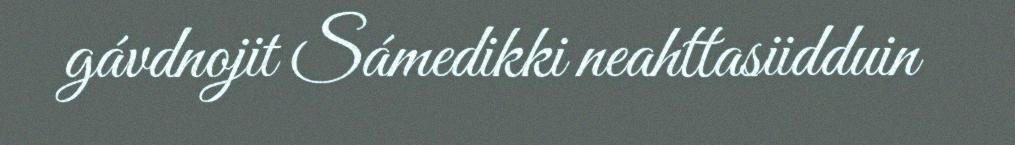
gávdnojit Sámedikki neahttasiidduin